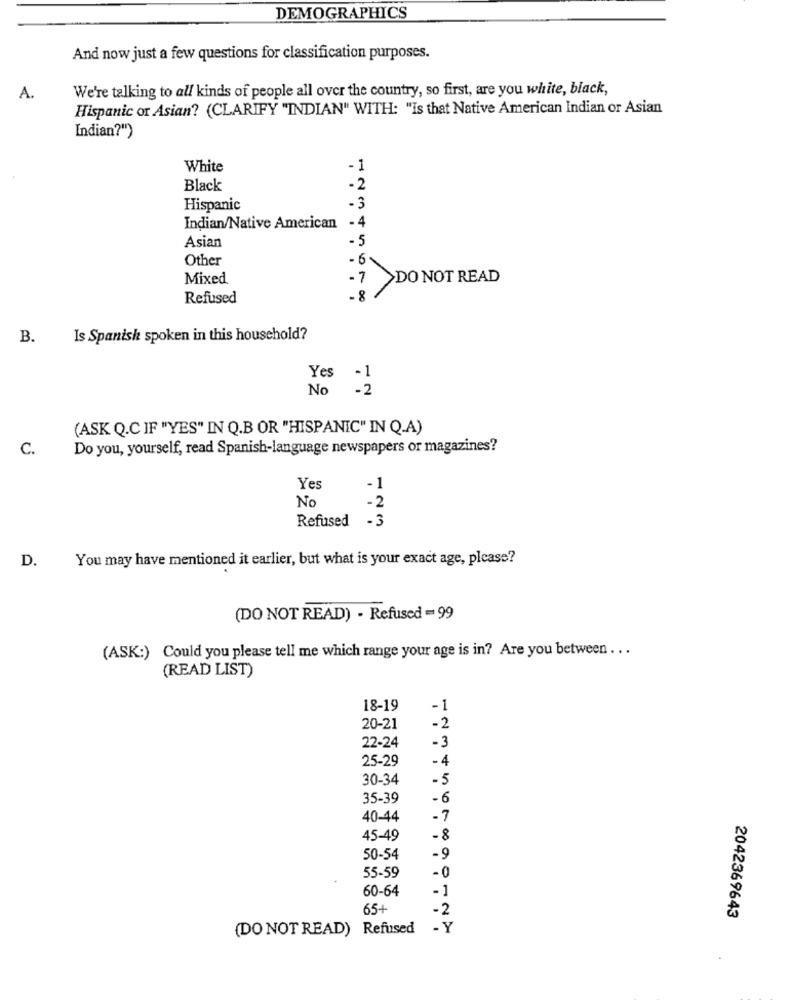
DEMOGRAPHICS
And now just a few questions for classification purposes.
We're talking to all kinds of people all over the country, so first, are you white, black,
A.
Hispanic or Asian? (CLARIFY "INDIAN" WITH: "Is that Native American Indian or Asian
Indian?")
White
- 1
Black
- 2
Hispanic
-3
Indian/Native American
-4
Asian
-5
Other
Mixed
-7 >DO NOT READ
Refused
B.
Is Spanish spoken in this household?
Yes -1
No
- 2
(ASK Q.C IF "YES" IN Q.B OR "HISPANIC" IN Q.A)
C.
Do you, yourself, read Spanish-language newspapers or magazines?
Yes
-1
-2
Refused
-3
D.
You may have mentioned it earlier, but what is your exact age, please?
(DO NOT READ) - Refused = 99
(ASK:) Could you please tell me which range your age is in? Are you between ...
(READ LIST)
18-19
-1
20-21
-2
22-24
-3
25-29
-4
30-34
-5
35-39
-6
40-44
-7
45-49
-8
50-54
-9
55-59
-0
60-64
-1
65-
-2
2042369643
(DO NOT READ) Refused
- Y